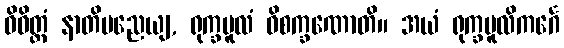
ဝိဝိတ္တံ နာတိမညေယျ, ရုက္ခမူလံ ဝိစက္ခဏောတိ။ အယံ ရုက္ခမူလိကင်္ဂေ